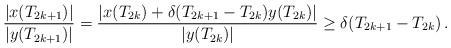
LaTeX: \begin{align*} \frac{|x(T_{2k+1})|}{|y(T_{2k+1})|} =\frac{|x(T_{2k})+\delta(T_{2k+1}-T_{2k})y(T_{2k})|}{|y(T_{2k})|} \ge \delta(T_{2k+1}-T_{2k})\,. \end{align*}